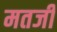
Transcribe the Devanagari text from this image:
मतजी